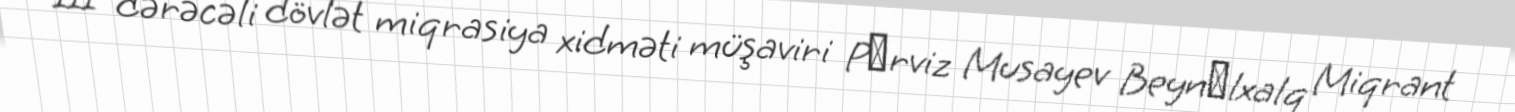
III dərəcəli dövlət miqrasiya xidməti müşaviri Pәrviz Musayev Beynәlxalq Miqrant